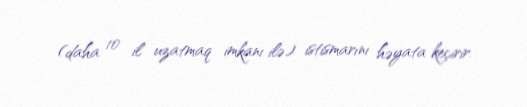
(daha 10 il uzatmaq imkanı ilə) istismarını həyata keçirir.